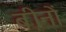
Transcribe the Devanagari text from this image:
बीनों